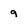
Character: 9